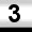
Digit: 3